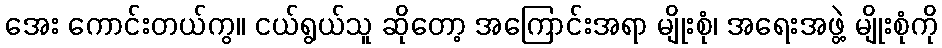
အေး ကောင်းတယ်ကွ။ ငယ်ရွယ်သူ ဆိုတော့ အကြောင်းအရာ မျိုးစုံ၊ အရေးအဖွဲ့ မျိုးစုံကို